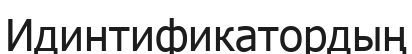
Идинтификатордың